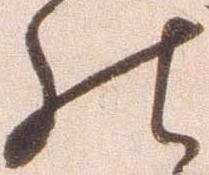
の